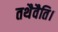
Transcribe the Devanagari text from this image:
तथैवैति।